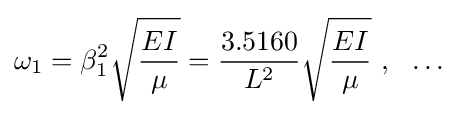
\omega _{1}=\beta _{1}^{2}{\sqrt {\frac {EI}{\mu }}}={\frac {3.5160}{L^{2}}}{\sqrt {\frac {EI}{\mu }}}~,~~\dots